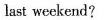
last weekend?